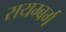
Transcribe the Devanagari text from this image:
रायम्बर्ग